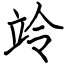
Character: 竛